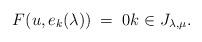
LaTeX: \begin{align*}F(u, e_k(\lambda)) \; =\; 0 k\in J_{\lambda, \mu}.\end{align*}